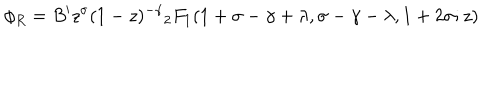
LaTeX: \phi _ { R } = B ^ { \prime } z ^ { \sigma } ( 1 - z ) ^ { - \gamma } { _ 2 F _ { 1 } } ( 1 + \sigma - \gamma + \lambda , \sigma - \gamma - \lambda , 1 + 2 \sigma ; z )